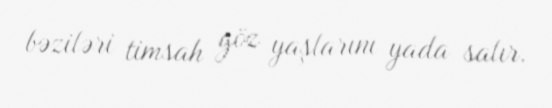
bəziləri timsah göz yaşlarını yada salır.